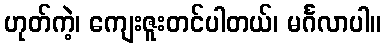
ဟုတ်ကဲ့၊ ကျေးဇူးတင်ပါတယ်၊ မင်္ဂလာပါ။